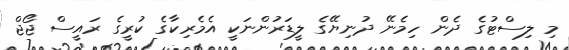
މި ލިސްޓުގެ ދެން ހިމެނޭ ދުނިޔޭގެ ލީޑަރުންނަކީ އެމެރިކާގެ ކުރީގެ ރައީސް ޖޯޖް